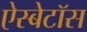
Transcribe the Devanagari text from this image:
ऐस्बेटॉस